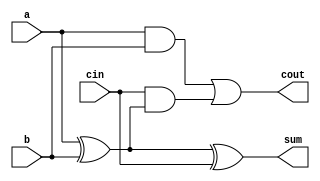
module FullAdder (
    input wire a,
    input wire b,
    input wire cin,
    output wire sum,
    output wire cout
);
    assign sum = a ^ b ^ cin;      // Calculate sum
    assign cout = (a & b) | (cin & (a ^ b));  // Calculate carry out
endmodule